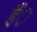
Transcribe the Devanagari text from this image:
हैं़